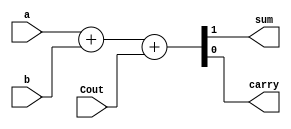
`timescale 1ns / 1ps

module full_adder_bh (
    output reg sum, carry,
    input a, b, Cout
);
    always @(*)
    begin
 {sum,carry} = a + b + Cout;
 end 
endmodule